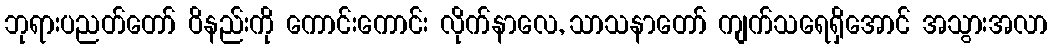
ဘုရားပညတ်တော် ဝိနည်းကို ကောင်းကောင်း လိုက်နာလေ, သာသနာတော် ကျက်သရေရှိအောင် အသွားအလာ